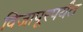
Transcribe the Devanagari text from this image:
विजापूरपर्यंत